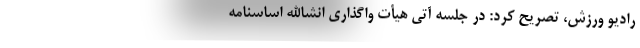
رادیو ورزش، تصریح کرد: در جلسه آتی هیأت واگذاری انشاالله اساسنامه